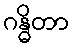
ဂန္ဓိတာ